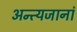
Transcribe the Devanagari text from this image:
अन्त्यजानां